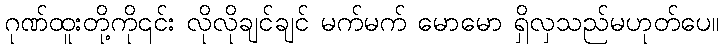
ဂုဏ်ထူးတို့ကို၎င်း လိုလိုချင်ချင် မက်မက် မောမော ရှိလှသည်မဟုတ်ပေ။